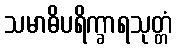
သမာဓိပရိက္ခာရသုတ္တံ